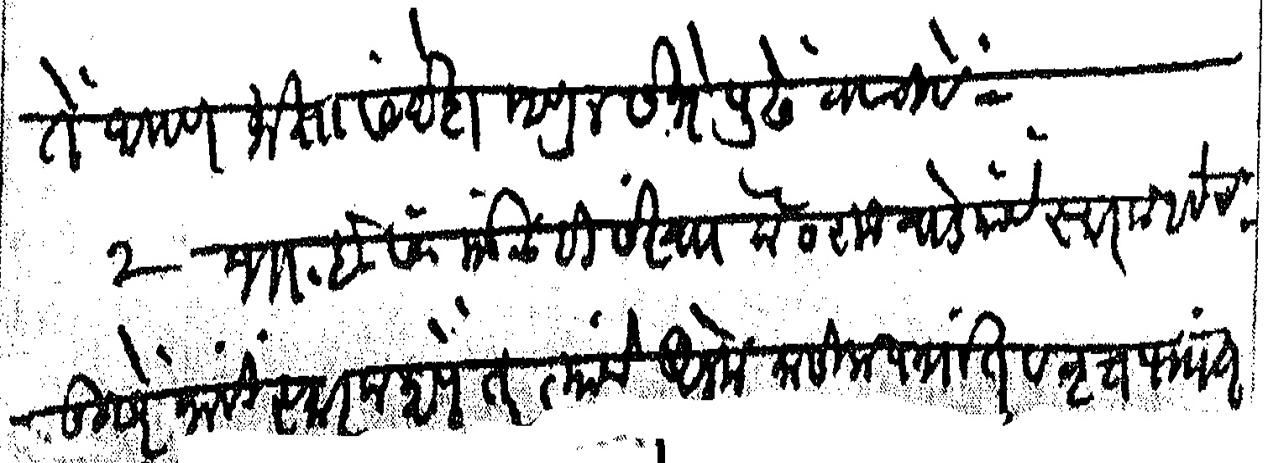
Transliteration (Devanagari): ते आपण माझा संदेश म्हणून सभेपुढे वाचावे २ भा इ सं मंडळ ही संस्था कै राजवाडे यांचे स्मारक आहेच दुसरे काही स्मारक करणे तर त्यांचे अनेक मासिकपत्रांत व वृत्तपत्रांत